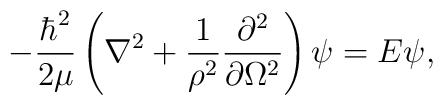
-\frac{\hbar^2}{2\mu}\left(\nabla^2+\frac{1}{\rho^2}\frac{\partial^2}{\partial \Omega^2}\right)\psi = E\psi,